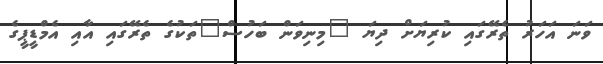
ވަނަ އަހަރު ތެރޭގައި ކުރިޔަށް ދިޔަ "މިނިވަން ބަހުސް"ތަކުގެ ތެރޭގައި އާއި އެމްޑީޕީގެ